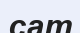
сат